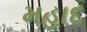
મહાદ